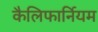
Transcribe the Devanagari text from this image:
कैलिफार्नियम